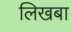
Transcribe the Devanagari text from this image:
लिखबा